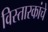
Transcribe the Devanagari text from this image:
विस्तारकांचे